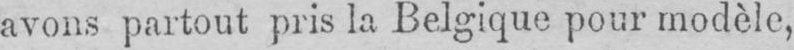
avons partout pris la Belgique pour modèle,